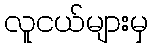
လူငယ်များမှ